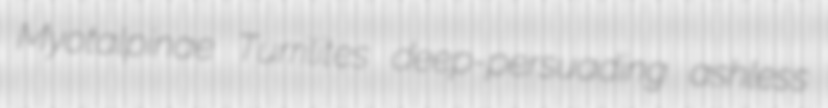
Myotalpinae Turrilites deep-persuading ashless